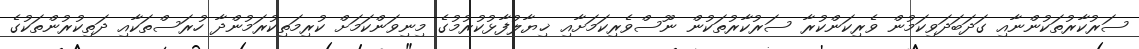
ސަރުކާރުތަކުންނާއި ގަދަބަދަވިކަމުން ވެރިކަންކުރާ ސަރުކާރުތަކުން ނޫސްވެރިކަމަށާއި ޚިޔާލުފާޅުކުރުމުގެ މިނިވަންކަމަށް ކުރިމަތިކުރަމުންދާ ހުރަސްތަކާއި ދަތިކުރުންތަކުގެ